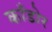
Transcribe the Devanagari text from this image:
काँडोर